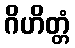
ဂိဟိတ္တံ